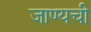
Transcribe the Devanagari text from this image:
जाण्यची